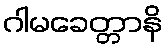
ဂါမခေတ္တာနိ